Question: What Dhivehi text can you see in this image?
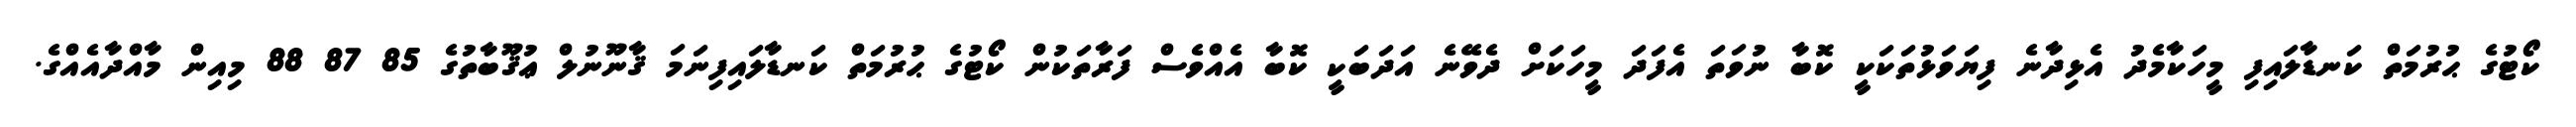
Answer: ކޯޓުގެ ޙުރުމަތް ކަނޑާލައިފި މީހަކާމެދު އެޅިދާނެ ފިޔަވަޅުތަކަކީ ކޮބާ ނުވަތަ އެފަދަ މީހަކަށް ދެވޭނެ އަދަބަކީ ކޮބާ އެއްވެސް ފަރާތަކުން ކޯޓުގެ ޙުރުމަތް ކަނޑާލައިފިނަމަ ޤާނޫނުލް ޢުޤޫބާތުގެ 85 87 88 މިއިން މާއްދާއެއްގެ.